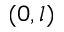
( 0 , l )